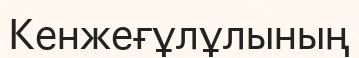
Кенжеғұлұлының